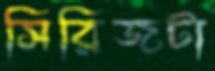
সিরিজটা